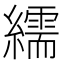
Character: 繻